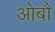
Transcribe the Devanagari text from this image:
ओबौ